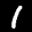
Label: 1